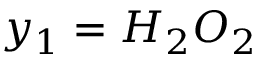
y _ { 1 } = H _ { 2 } O _ { 2 }